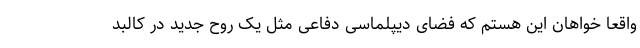
واقعاً خواهان این هستم که فضای دیپلماسی دفاعی مثل یک روح جدید در کالبد